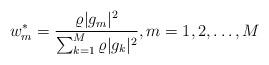
LaTeX: \begin{align*}w_m^* = \frac{ \varrho| g _m|^2 }{\sum_{k=1}^{M} \varrho| g _k|^2 } , m=1,2,\ldots,M \end{align*}